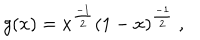
g ( x ) = x ^ { \frac { - 1 } { 2 } } ( 1 - x ) ^ { \frac { - 1 } { 2 } } \ ,